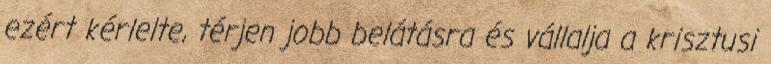
ezért kérlelte, térjen jobb belátásra és vállalja a krisztusi